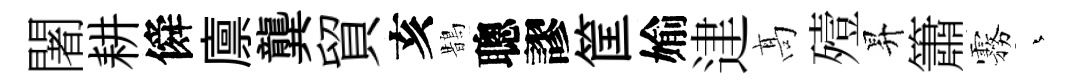
闍耕僢廪龔貿亥鵲聰謬筐媮䢖髙殪昇簫霧蒼